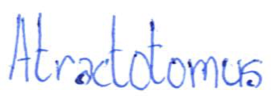
Text: Atractotomus
Cross-out: clean
Writing tool: ballpoint